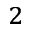
^ { 2 }